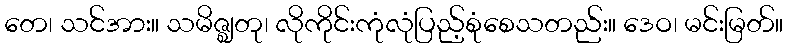
တေ၊ သင်အား။ သမိဇ္ဈတု၊ လိုကိုင်းကုံလုံပြည့်စုံစေသတည်း။ ဒေဝ၊ မင်းမြတ်။